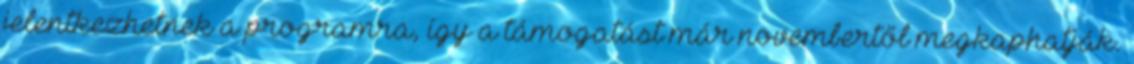
jelentkezhetnek a programra, így a támogatást már novembertől megkaphatják.